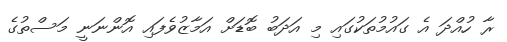
ރާ ހުއްދަ އެ ގައުމުތަކުގައި މި އަދަބު ބޮޑަށް އަމާޒުވެފައި އޮންނަނީ މަސްތުގެ